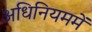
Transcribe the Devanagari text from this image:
अधिनियममें